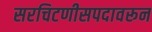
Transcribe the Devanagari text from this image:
सरचिटणीसपदावरून